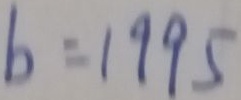
b = 1 9 9 5